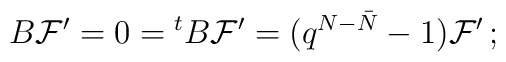
B{\cal F}' = 0 = {^tB}{\cal F}' = (q^{N-\bar N}-1){\cal F}'\,;